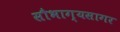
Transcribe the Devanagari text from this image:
सौभाग्यसागर